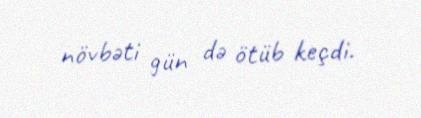
növbəti gün də ötüb keçdi.